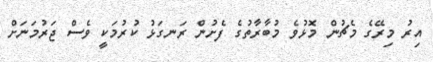
އިރު މިރޭގެ މެޗުން މޮޅުވެ މުބާރާތުގެ ފެށުން ރަނގަޅު ކުރުމަކީ ވެސް ޖަރުމަނަށް